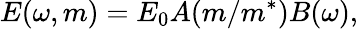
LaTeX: E(\omega,m)=E_{0}A(m/m^{*})B(\omega),